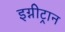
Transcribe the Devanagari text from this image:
इग्नीट्रान